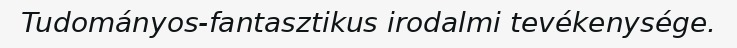
Tudományos-fantasztikus irodalmi tevékenysége.